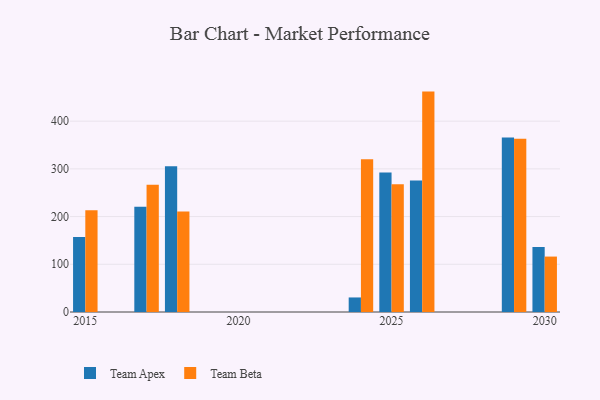
{"axis": {"x": "Year", "y": "Humidity (%)"}, "legend": ["Team Apex", "Team Beta"], "data": [{"x": "2017", "y": 220.5, "type": "Team Apex"}, {"x": "2017", "y": 266.9, "type": "Team Beta"}, {"x": "2015", "y": 157.0, "type": "Team Apex"}, {"x": "2015", "y": 213.5, "type": "Team Beta"}, {"x": "2026", "y": 275.5, "type": "Team Apex"}, {"x": "2026", "y": 462.0, "type": "Team Beta"}, {"x": "2029", "y": 365.7, "type": "Team Apex"}, {"x": "2029", "y": 363.0, "type": "Team Beta"}, {"x": "2018", "y": 305.6, "type": "Team Apex"}, {"x": "2018", "y": 210.6, "type": "Team Beta"}, {"x": "2025", "y": 292.6, "type": "Team Apex"}, {"x": "2025", "y": 267.9, "type": "Team Beta"}, {"x": "2030", "y": 136.2, "type": "Team Apex"}, {"x": "2030", "y": 116.2, "type": "Team Beta"}, {"x": "2024", "y": 30.5, "type": "Team Apex"}, {"x": "2024", "y": 320.2, "type": "Team Beta"}]}